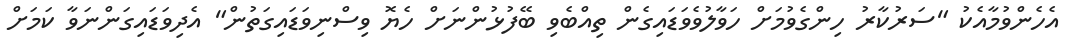
އެހެންވުމާއެކު "ސަރުކާރު ހިންގެވުމަށް ހަވާލުވެވަޑައިގެން ތިއްބެވި ބޭފުޅުންނަށް ހެޔޮ ވިސްނިވަޑައިގަތުން" އެދިވަޑައިގަންނަވާ ކަމަށް